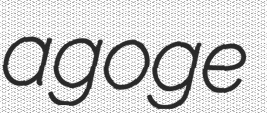
agoge